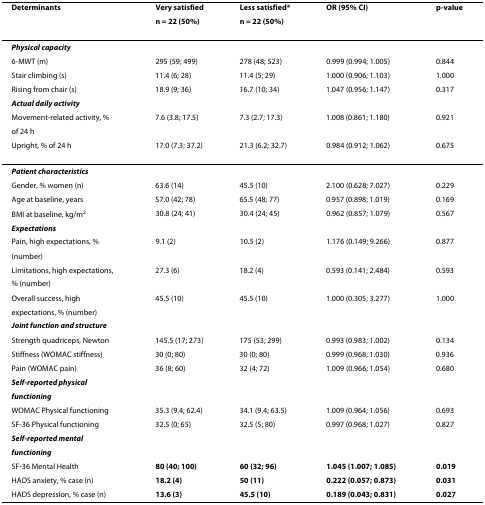
<table><thead><tr><td><b>Determinants</b></td><td><b>Very satisfied</b></td><td><b>Less satisfied*</b></td><td><b>OR (95% CI)</b></td><td><b>p-value</b></td></tr><tr><td></td><td><b>n = 22 (50%)</b></td><td><b>n = 22 (50%)</b></td><td></td><td></td></tr></thead><tbody><tr><td colspan="5"><b><i>Physical capacity</i></b></td></tr><tr><td>6-MWT (m)</td><td>295 (59; 499)</td><td>278 (48; 523)</td><td>0.999 (0.994; 1.005)</td><td>0.844</td></tr><tr><td>Stair climbing (s)</td><td>11.4 (6; 28)</td><td>11.4 (5; 29)</td><td>1.000 (0.906; 1.103)</td><td>1.000</td></tr><tr><td>Rising from chair (s)</td><td>18.9 (9; 36)</td><td>16.7 (10; 34)</td><td>1.047 (0.956; 1.147)</td><td>0.317</td></tr><tr><td colspan="5"><b><i>Actual daily activity</i></b></td></tr><tr><td>Movement-related activity, %</td><td>7.6 (3.8; 17.5)</td><td>7.3 (2.7; 17.3)</td><td>1.008 (0.861; 1.180)</td><td>0.921</td></tr><tr><td>of 24 h</td><td></td><td></td><td></td><td></td></tr><tr><td>Upright, % of 24 h</td><td>17.0 (7.3; 37.2)</td><td>21.3 (6.2; 32.7)</td><td>0.984 (0.912; 1.062)</td><td>0.675</td></tr><tr><td colspan="5"><b><i>Patient characteristics</i></b></td></tr><tr><td>Gender, % women (n)</td><td>63.6 (14)</td><td>45.5 (10)</td><td>2.100 (0.628; 7.027)</td><td>0.229</td></tr><tr><td>Age at baseline, years</td><td>57.0 (42; 78)</td><td>65.5 (48; 77)</td><td>0.957 (0.898; 1.019)</td><td>0.169</td></tr><tr><td>BMI at baseline, kg/m<sup>2</sup></td><td>30.8 (24; 41)</td><td>30.4 (24; 45)</td><td>0.962 (0.857; 1.079)</td><td>0.567</td></tr><tr><td colspan="5"><b><i>Expectations</i></b></td></tr><tr><td>Pain, high expectations, %</td><td>9.1 (2)</td><td>10.5 (2)</td><td>1.176 (0.149; 9.266)</td><td>0.877</td></tr><tr><td>(number)</td><td></td><td></td><td></td><td></td></tr><tr><td>Limitations, high expectations,</td><td>27.3 (6)</td><td>18.2 (4)</td><td>0.593 (0.141; 2.484)</td><td>0.593</td></tr><tr><td>% (number)</td><td></td><td></td><td></td><td></td></tr><tr><td>Overall success, high</td><td>45.5 (10)</td><td>45.5 (10)</td><td>1.000 (0.305; 3.277)</td><td>1.000</td></tr><tr><td>expectations, % (number)</td><td></td><td></td><td></td><td></td></tr><tr><td colspan="5"><b><i>Joint function and structure</i></b></td></tr><tr><td>Strength quadriceps, Newton</td><td>145.5 (17; 273)</td><td>175 (53; 299)</td><td>0.993 (0.983; 1.002)</td><td>0.134</td></tr><tr><td>Stiffness (WOMAC stiffness)</td><td>30 (0; 80)</td><td>30 (0; 80)</td><td>0.999 (0.968; 1.030)</td><td>0.936</td></tr><tr><td>Pain (WOMAC pain)</td><td>36 (8; 60)</td><td>32 (4; 72)</td><td>1.009 (0.966; 1.054)</td><td>0.680</td></tr><tr><td colspan="5"><b><i>Self-reported physical</i></b></td></tr><tr><td colspan="5"><b><i>functioning</i></b></td></tr><tr><td>WOMAC Physical functioning</td><td>35.3 (9.4; 62.4)</td><td>34.1 (9.4; 63.5)</td><td>1.009 (0.964; 1.056)</td><td>0.693</td></tr><tr><td>SF-36 Physical functioning</td><td>32.5 (0; 65)</td><td>32.5 (5; 80)</td><td>0.997 (0.968; 1.027)</td><td>0.827</td></tr><tr><td colspan="5"><b><i>Self-reported mental</i></b></td></tr><tr><td colspan="5"><b><i>functioning</i></b></td></tr><tr><td>SF-36 Mental Health</td><td><b>80 (40; 100)</b></td><td><b>60 (32; 96)</b></td><td><b>1.045 (1.007; 1.085)</b></td><td><b>0.019</b></td></tr><tr><td>HADS anxiety, % case (n)</td><td><b>18.2 (4)</b></td><td><b>50 (11)</b></td><td><b>0.222 (0.057; 0.873)</b></td><td><b>0.031</b></td></tr><tr><td>HADS depression, % case (n)</td><td><b>13.6 (3)</b></td><td><b>45.5 (10)</b></td><td><b>0.189 (0.043; 0.831)</b></td><td><b>0.027</b></td></tr></tbody></table>